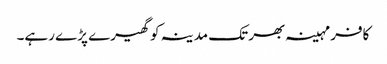
کافر مہینہ بھر تک مدینہ کو گھیرے پڑے رہے۔